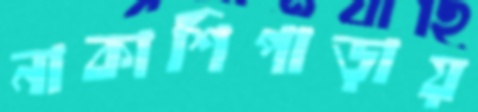
নাকাশিপাড়ায়